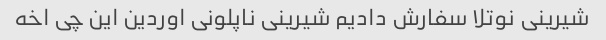
شیرینی نوتلا سفارش دادیم شیرینی ناپلونی اوردین این چی اخه